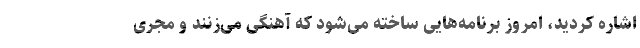
اشاره کردید، امروز برنامه‌هایی ساخته می‌شود که آهنگی می‌زنند و مجری